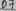
Text: D7